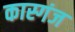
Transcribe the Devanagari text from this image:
कास्गंज